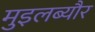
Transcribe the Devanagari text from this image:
मुइलब्यौर